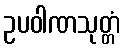
ဥပဝါဏသုတ္တံ